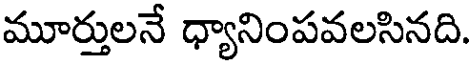
మూర్తులనే ధ్యానింపవలసినది.